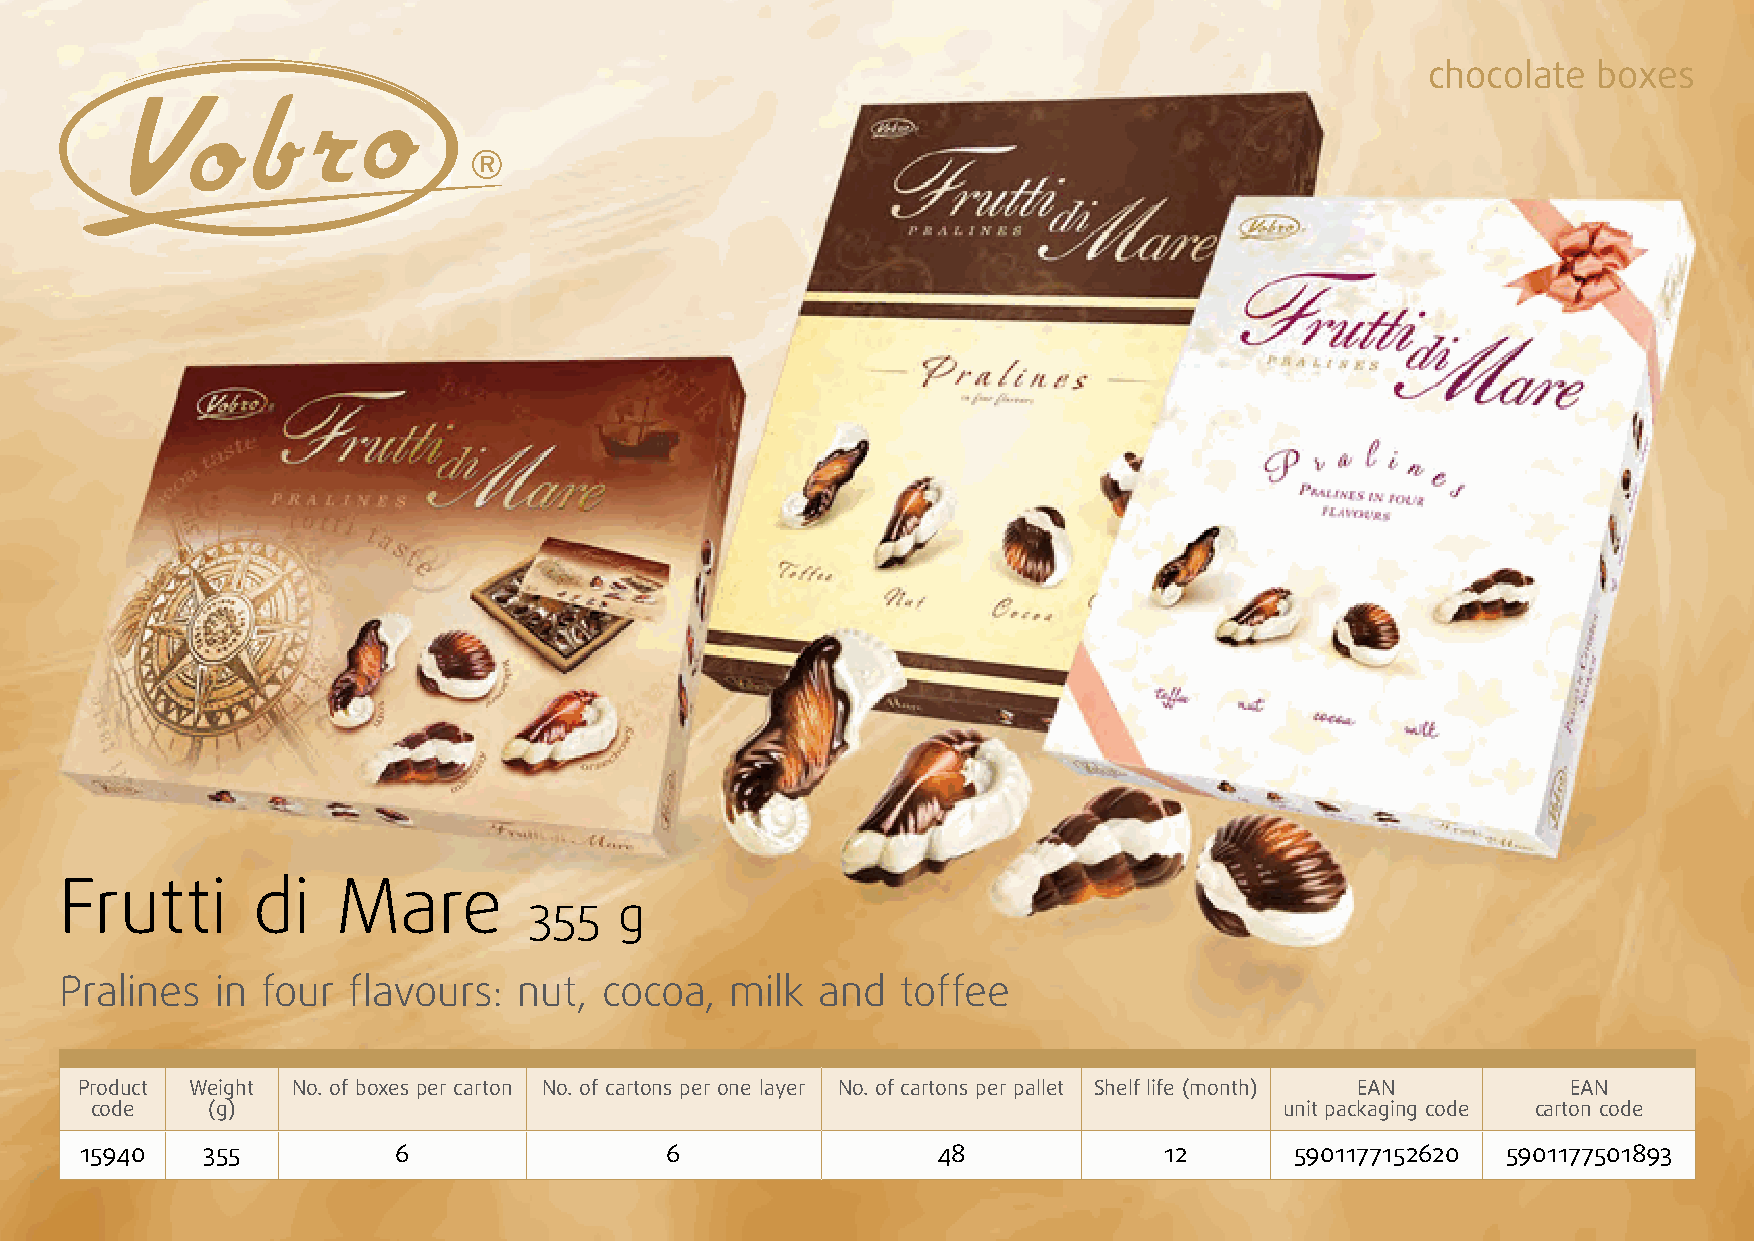
chocolate  boxes
 Frutti       di   Mare
 355   g
 Pralines  in four  flavours:  nut,  cocoa,  milk  and   toffee
 Product Weight No. of boxes per carton No. of cartons per one layer No. of cartons per pallet Shelf life (month) EAN EAN
 code    (g)                                                                    unit packaging code carton code
 15940   355          6                 6                 48             12       5901177152620 5901177501893